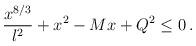
LaTeX: \begin{align*}{{x^{8/3}}\over l^2} + x^2 -Mx + Q^2 \leq 0 \, .\end{align*}